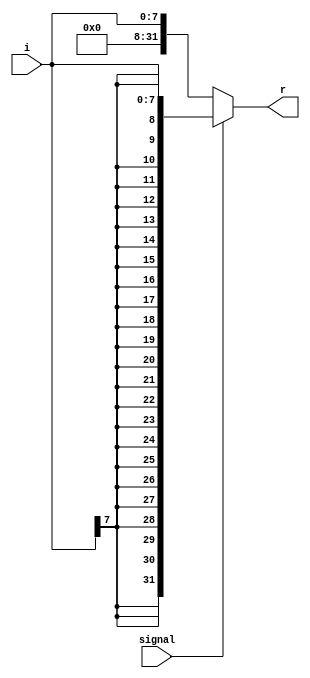
// ext8.v

module EXT8 #(parameter WIDTH = 8)(
	input [WIDTH-1:0] i,
	input signal,		// 1 resprent for signed
	output [31:0] r
	);
	
	assign r = signal ? {{(32-WIDTH){i[WIDTH-1]}}, i} : {{(32-WIDTH){1'b0}}, i};

endmodule